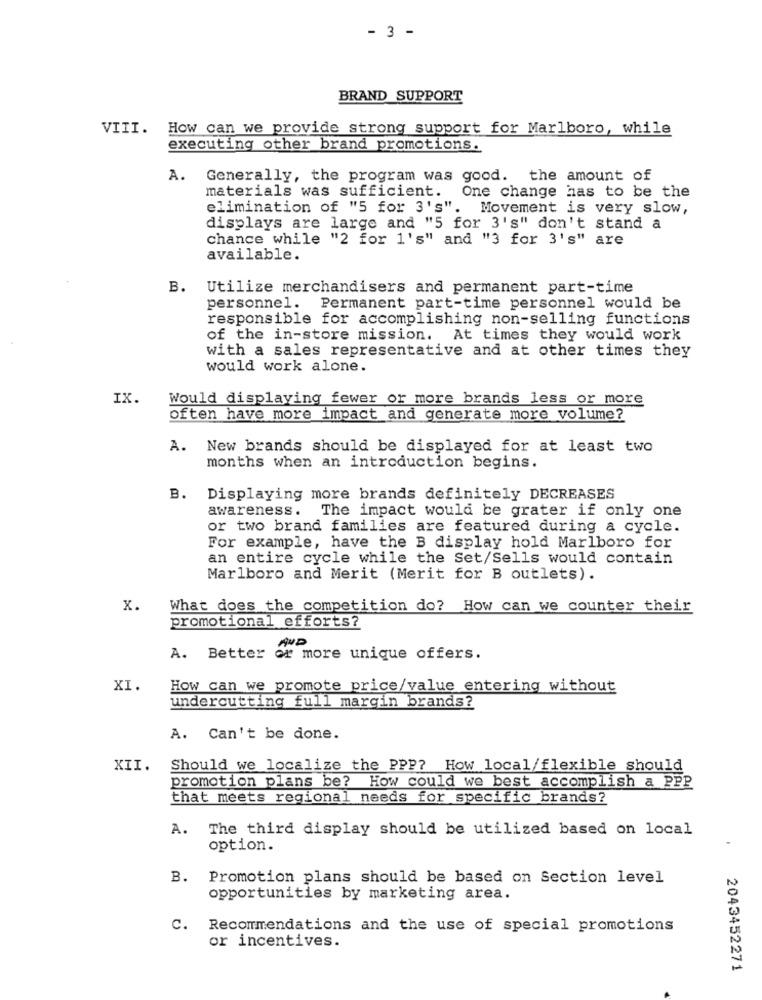
- 3 -
BRAND SUPPORT
VIII. How can we provide strong support for Marlboro, while
executing other brand promotions.
A. Generally, the program was good. the amount of
materials was sufficient. One change has to be the
elimination of "5 for 3's". Movement is very slow,
displays are large and "5 for 3's" don't stand a
chance while "2 for 1's" and "3 for 3's" are
available.
B. Utilize merchandisers and permanent part-time
personnel. Permanent part-time personnel would be
responsible for accomplishing non-selling functions
of the in-store mission. At times they would work
with a sales representative and at other times they
would work alone.
IX.
Would displaying fewer or more brands less or more
often have more impact and generate more volume?
A. New brands should be displayed for at least two
months when an introduction begins.
B. Displaying more brands definitely DECREASES
awareness .
The impact would be grater if only one
or two brand families are featured during a cycle.
For example, have the B display hold Marlboro for
an entire cycle while the Set/Sells would contain
Marlboro and Merit (Merit for B outlets).
x.
What does the competition do? How can we counter their
promotional efforts?
AND
A. Better or more unique offers.
XI.
How can we promote price/value entering without
undercutting full margin brands?
A. Can't be done.
XII.
Should we localize the PPP? How local/flexible should
promotion plans be? How could we best accomplish a PPP
that meets regional needs for specific brands?
A. The third display should be utilized based on local
option.
B.
Promotion plans should be based on Section level
opportunities by marketing area.
c.
Recommendations and the use of special promotions
or incentives.
2043452271